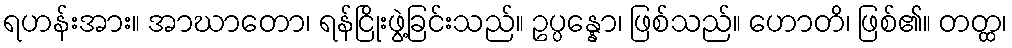
ရဟန်းအား။ အာဃာတော၊ ရန်ငြိုးဖွဲ့ခြင်းသည်။ ဥပ္ပန္နော၊ ဖြစ်သည်။ ဟောတိ၊ ဖြစ်၏။ တတ္ထ၊